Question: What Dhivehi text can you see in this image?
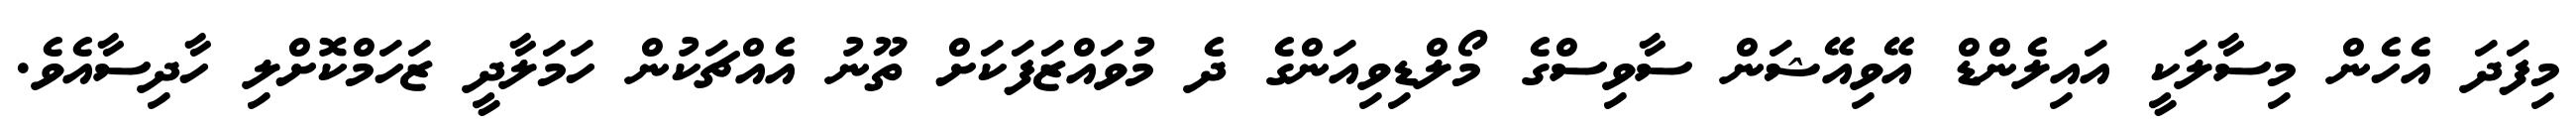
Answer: މިފަދަ އެހެން މިސާލަކީ އައިލެންޑް އޭވިއޭޝަން ސާވިސްގެ މޯލްޑިވިއަންގެ ދެ މުވައްޒަފަކަށް ތޫނު އެއްޗަކުން ހަމަލާދީ ޒަހަމްކޮށްލި ހާދިސާއެވެ.